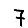
Digit: 7